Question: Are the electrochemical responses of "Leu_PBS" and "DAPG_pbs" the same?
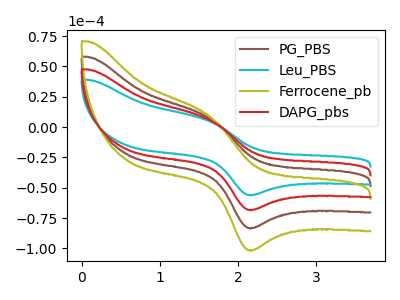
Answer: <think>The brown curve "PG_PBS" has an anodic peak at (1.65V, 11.15uA) and a cathodic peak at (2.10V, -136.30uA). The cyan curve "Leu_PBS" has an anodic peak at (1.65V, 4.55uA) and a cathodic peak at (2.10V, -55.90uA). The olive curve "Ferrocene_pb" has an anodic peak at (1.65V, 16.75uA) and a cathodic peak at (2.10V, -204.45uA). The red curve "DAPG_pbs" has an anodic peak at (1.65V, 5.60uA) and a cathodic peak at (2.10V, -68.15uA).
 All the peaks in "Leu_PBS" have a peak in "DAPG_pbs" at the same potential. Every peak in "Leu_PBS" is lower than every peak in "DAPG_pbs".</think>
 <answer>"Leu_PBS" and "DAPG_pbs" are similar in shape.</answer>
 <eval>same_shape</eval>